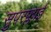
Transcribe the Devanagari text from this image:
सुपरफ्लाई